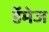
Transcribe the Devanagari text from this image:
डॅमेज